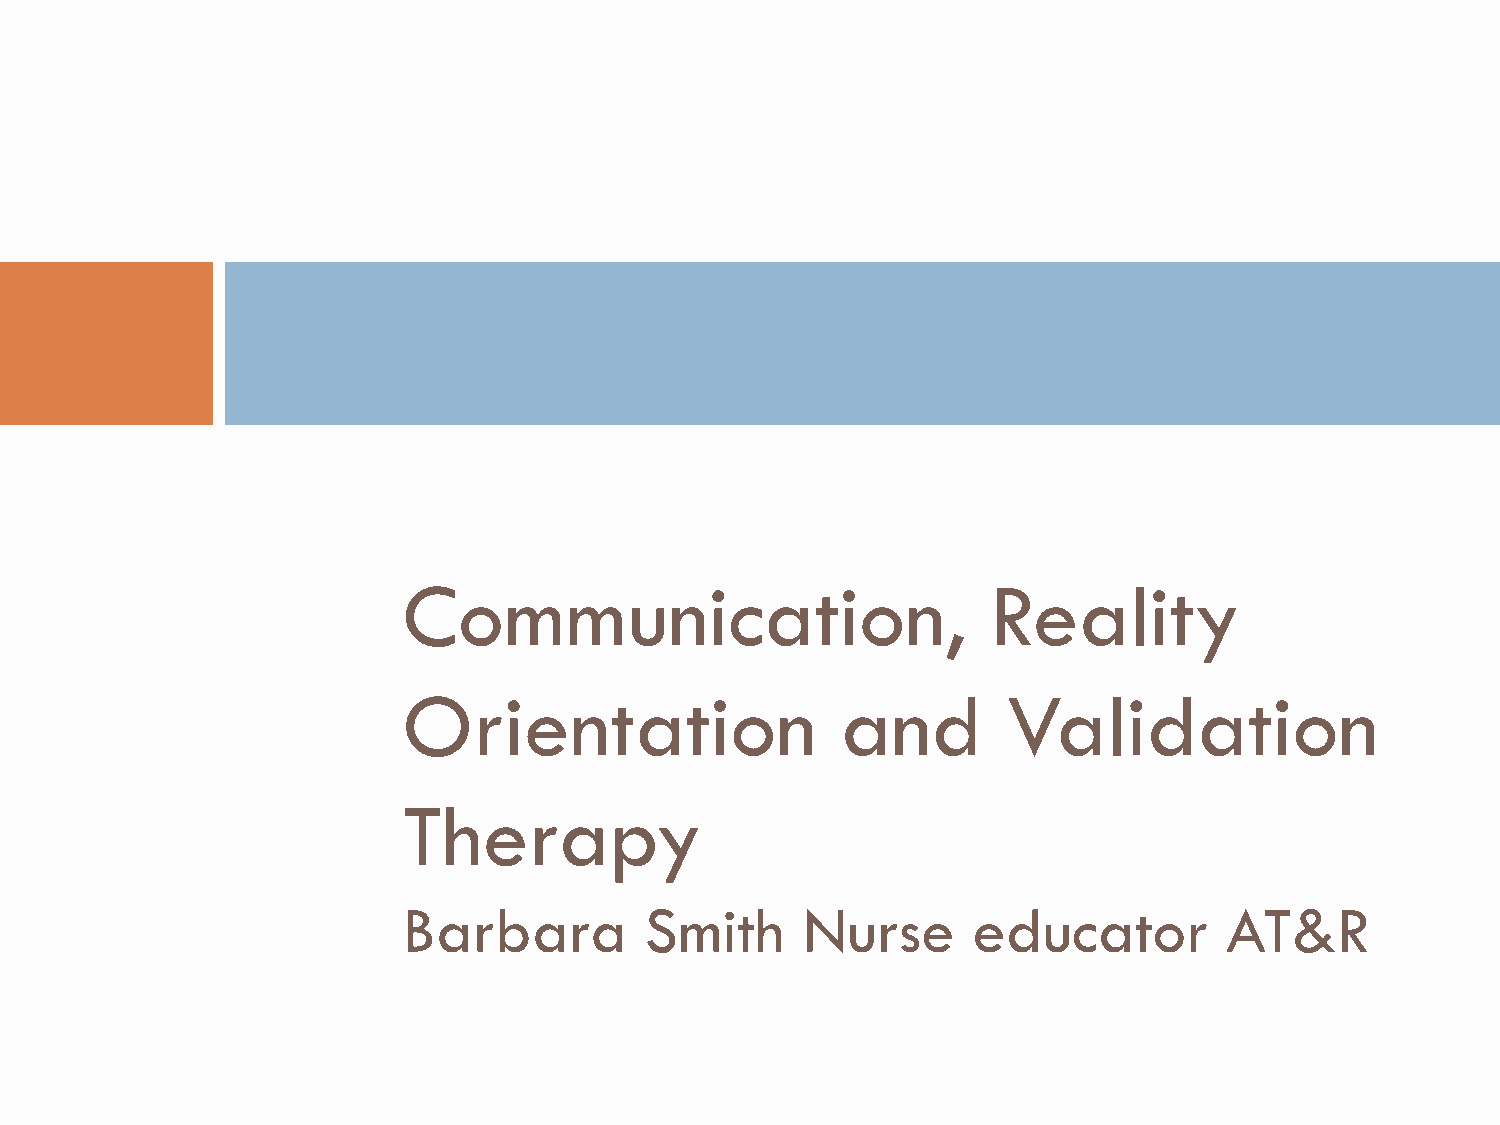
Communication,                         Reality
 Orientation                  and        Validation
 Therapy
 Barbara         Smith     Nurse      educator         AT&R
 Barbara      Smith   Nurse    Educator      AT&R